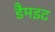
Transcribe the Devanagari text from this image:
डैमइट